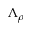
\Lambda _ { \rho }